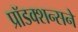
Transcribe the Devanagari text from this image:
प्रॉडक्शन्सने